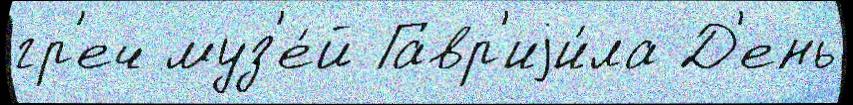
гр'еч муз'е́й Гавр'иjи́ла Д'ень